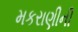
મકરાણીની